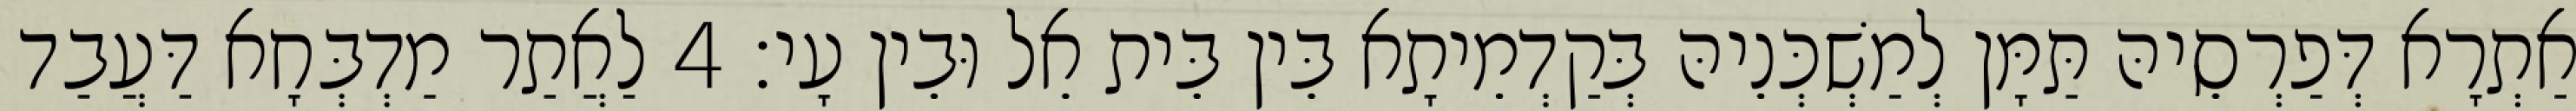
אַתְרָא דְּפַרְסֵיהּ תַּמָּן לְמַשְׁכְּנֵיהּ בְּקַדְמֵיתָא בֵּין בֵּית אֵל וּבֵין עָי׃ 4 לַאֲתַר מַדְבְּחָא דַּעֲבַד